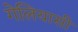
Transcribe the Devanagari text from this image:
गेलियासी